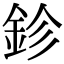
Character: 鉁